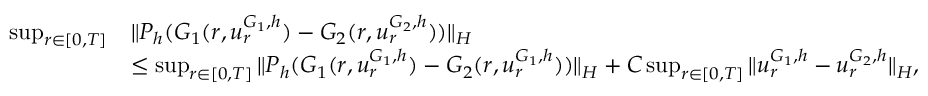
\begin{array} { r l } { \operatorname* { s u p } _ { r \in [ 0 , T ] } } & { \| P _ { h } ( G _ { 1 } ( r , u _ { r } ^ { G _ { 1 } , h } ) - G _ { 2 } ( r , u _ { r } ^ { G _ { 2 } , h } ) ) \| _ { H } } \\ & { \leq \operatorname* { s u p } _ { r \in [ 0 , T ] } \| P _ { h } ( G _ { 1 } ( r , u _ { r } ^ { G _ { 1 } , h } ) - G _ { 2 } ( r , u _ { r } ^ { G _ { 1 } , h } ) ) \| _ { H } + C \operatorname* { s u p } _ { r \in [ 0 , T ] } \| u _ { r } ^ { G _ { 1 } , h } - u _ { r } ^ { G _ { 2 } , h } \| _ { H } , } \end{array}